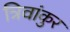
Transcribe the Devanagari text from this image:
त्रिवांकुर